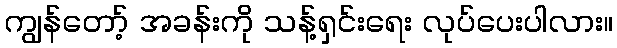
ကျွန်တော့် အခန်းကို သန့်ရှင်းရေး လုပ်ပေးပါလား။